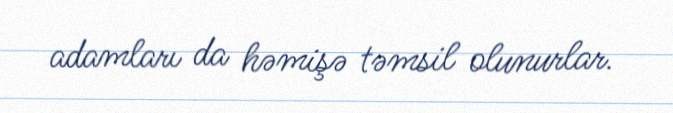
adamları da həmişə təmsil olunurlar.